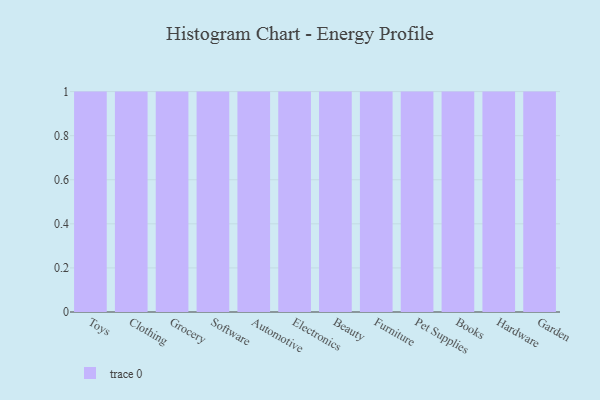
{"axis": {"x": "Category", "y": "Customer Acquisition Cost (USD)"}, "legend": [""], "data": [{"x": "Toys", "y": 76, "type": ""}, {"x": "Clothing", "y": 84, "type": ""}, {"x": "Grocery", "y": 79, "type": ""}, {"x": "Software", "y": 9, "type": ""}, {"x": "Automotive", "y": 44, "type": ""}, {"x": "Electronics", "y": 83, "type": ""}, {"x": "Beauty", "y": 55, "type": ""}, {"x": "Furniture", "y": 48, "type": ""}, {"x": "Pet Supplies", "y": 35, "type": ""}, {"x": "Books", "y": 97, "type": ""}, {"x": "Hardware", "y": 63, "type": ""}, {"x": "Garden", "y": 53, "type": ""}]}